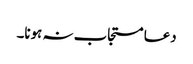
دعا مستجاب نہ ہونا۔